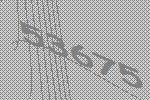
53675